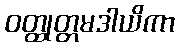
ဝတ္ထုတ္တမဒါယိကာ